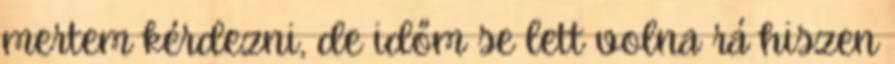
mertem kérdezni, de időm se lett volna rá hiszen